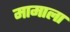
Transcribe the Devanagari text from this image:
मामाला